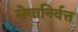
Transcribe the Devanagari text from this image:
सेवानिर्वत्त